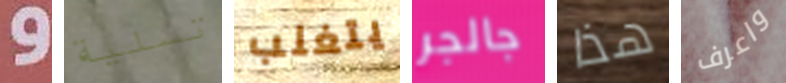
و تسلية يتغلب جالجر هذا واعرف